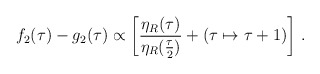
\begin{align*}f_2(\tau)-g_2(\tau)\propto\left[{\eta_R(\tau)\over{\eta_R({\tau\over2})}}+(\tau\mapsto\tau+1)\right]\,.\end{align*}